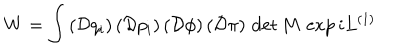
LaTeX: W = \int \, ( \mathcal { D } q _ { i } ) \, ( \mathcal { D } p _ { i } ) \, ( \mathcal { D } \phi ) \, ( \mathcal { D } \pi ) \, \det M \, \exp i L ^ { ( 1 ) }